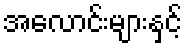
အလောင်းများနှင့်